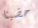
حضينا